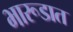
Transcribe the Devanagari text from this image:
भारूडात